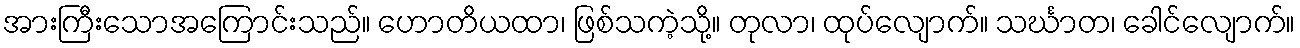
အားကြီးသောအကြောင်းသည်။ ဟောတိယထာ၊ ဖြစ်သကဲ့သို့။ တုလာ၊ ထုပ်လျောက်။ သင်္ဃာတ၊ ခေါင်လျောက်။